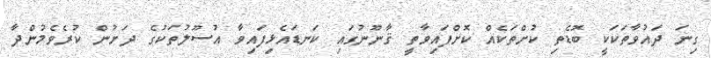
ގިނަ ދައުވާތަކަކީ ބޮޑެތި ކުށްތަކެއް ކޮށްފައިވާތީ ޤާނޫނުގައި ކަނޑައެޅިފައިވާ އުސޫލުތަކުގެ ދަށުން ކުރެވެމުންދާ